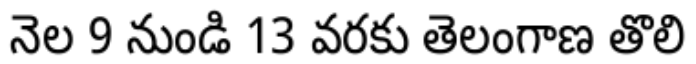
నెల 9 నుండి 13 వరకు తెలంగాణ తొలి